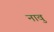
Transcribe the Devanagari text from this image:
नावु